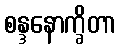
စန္ဒနောက္ခိတာ